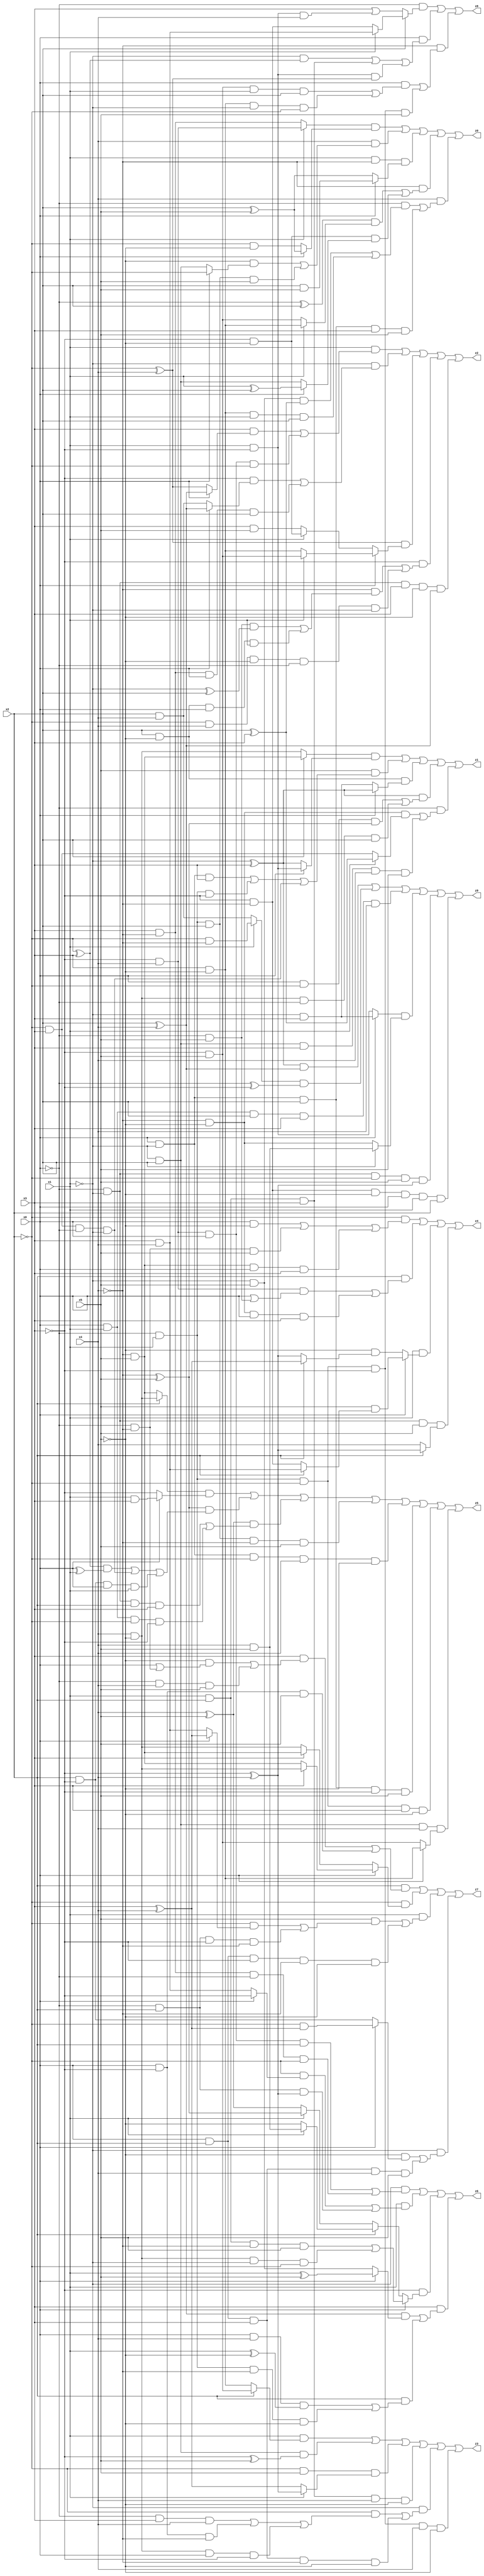
// Benchmark "X_5" written by ABC on Mon Jun 05 16:38:47 2023

module X_5 ( 
    x0, x1, x2, x3, x4, x5,
    z0, z1, z2, z3, z4, z5, z6, z7, z8, z9  );
  input  x0, x1, x2, x3, x4, x5;
  output z0, z1, z2, z3, z4, z5, z6, z7, z8, z9;
  assign z0 = ((x1 ? (~x3 & x4) : (x3 & ~x4)) & (x0 ? (x2 ^ x5) : (~x2 & ~x5))) | (x4 & ((~x5 & (x0 ? ~x2 : (~x1 & x2))) | (~x0 & x1 & x2 & x5))) | (x1 & ~x4 & (x0 ? (x2 & x5) : (x2 ^ x5))) | (~x4 & (((~x0 ^ x2) & (x1 ? (x3 & ~x5) : (~x3 & x5))) | (~x3 & ~x5 & (x0 ? (x1 ^ x2) : (~x1 & x2))))) | (x4 & ((~x0 & ((~x1 & x5 & (x2 ^ x3)) | (x3 & ~x5 & x1 & x2))) | (x0 & ~x1 & x2 & x3 & x5)));
  assign z1 = ((x2 ? (~x4 & x5) : (x4 & ~x5)) & (x0 ? (x1 & ~x3) : (~x1 ^ x3))) | (x5 & ((x0 & ~x1 & x3) | (~x0 & x1 & ~x3) | (~x2 & x3 & ~x0 & ~x1))) | (x2 & ~x5 & (x0 ? (~x1 ^ x3) : (~x1 & x3))) | ((~x1 ^ x3) & ((x0 & ~x2 & (~x4 ^ x5)) | (x4 & ~x5 & ~x0 & x2))) | (~x0 & ((~x4 & ~x5 & (x1 ? (x2 ^ x3) : (~x2 & x3))) | (~x1 & x2 & x3 & x4 & x5)));
  assign z2 = (x1 & ((x3 & (x0 ? (x2 ^ x4) : (~x2 ^ x4))) | (~x3 & x4 & x0 & ~x2))) | (~x1 & ((~x3 & (x0 ? (x2 ^ x4) : (x2 & x4))) | (x3 & ~x4 & x0 & x2))) | ((~x2 ^ x4) & (x0 ? (x1 ? (~x3 & x5) : (x3 & ~x5)) : (x1 ? (~x3 & ~x5) : (x3 & x5)))) | (~x3 & ((~x4 & ((~x0 & x5 & (~x1 ^ x2)) | (x2 & ~x5 & x0 & x1))) | (~x2 & x4 & ~x5 & ~x0 & ~x1))) | (~x0 & ~x1 & x3 & ~x5 & (x2 ^ x4));
  assign z3 = (x1 & (x2 ? (~x3 & x5) : (x3 & ~x5))) | (~x1 & x2 & (~x3 ^ x5)) | (~x2 & x5 & (x1 ? (~x3 ^ x4) : (x3 ^ x4))) | (x1 & x2 & x3 & x4 & ~x5) | (~x1 & ((~x2 & ((~x0 & x3 & x4) | (x0 & ~x3 & ~x4) | (x4 & ~x5 & x0 & ~x3))) | (x0 & x2 & x3 & ~x4 & ~x5))) | (~x0 & x1 & ~x2 & ~x3 & x4 & ~x5);
  assign z4 = (~x2 & ((x0 & ~x5) | (~x0 & ~x4 & x5) | (~x4 & x5 & x0 & x3))) | (x2 & ((~x3 & x4 & (x0 | (~x0 & x5))) | (~x4 & ~x5 & x0 & x3))) | (x1 & (x0 ? (x5 & (x2 ? (x3 & x4) : (~x3 & ~x4))) : (~x5 & (x2 ? (x3 ^ x4) : (~x3 ^ x4))))) | (~x0 & ~x1 & x5 & (x2 ? (~x3 ^ x4) : x4));
  assign z5 = ((x2 ? (x4 & ~x5) : (~x4 & x5)) & (x0 ? (x1 & x3) : ~x3)) | ((~x4 ^ x5) & (((~x2 ^ x3) & (x0 ^ x1)) | (~x2 & x3 & ~x0 & ~x1) | (x2 & ~x3 & x0 & x1))) | ((x4 ^ x5) & ((~x0 & ~x1 & x2 & x3) | (x0 & x1 & ~x2 & ~x3))) | (~x0 & x1 & x2 & ~x4 & x5) | (x0 & ~x1 & ~x2 & x4 & ~x5) | (x0 & ~x1 & x2 & ~x3 & x5) | (~x0 & x1 & ~x2 & x3 & ~x5) | (~x1 & x2 & x4 & (x0 ? (x3 & ~x5) : (~x3 & x5)));
  assign z6 = (~x1 & ((~x3 & x4 & x0 & x2) | (x3 & ~x4 & ~x0 & ~x2))) | (x1 & ((~x2 & (x0 ? ~x3 : (x3 & x4))) | (~x0 & x2 & (~x3 ^ x4)))) | (~x3 & (x0 ? ((x1 & x2 & ~x4 & x5) | (x4 & ~x5 & ~x1 & ~x2)) : (x2 ? (x1 ? (x4 & x5) : ~x5) : (x1 ? (~x4 ^ x5) : (x4 ^ x5))))) | (x3 & (((x2 ^ x4) & (x0 ? (x1 ^ x5) : (~x1 & x5))) | (x2 & ((x0 & x4 & (x1 ^ ~x5)) | (~x0 & x1 & ~x4 & ~x5)))));
  assign z7 = (x2 & ((x3 & ((~x5 & (x0 | (~x0 & ~x4))) | (~x0 & x4 & x5))) | (x0 & ~x3 & x5))) | (~x2 & (x0 ? (x3 ? (x4 & ~x5) : (~x4 & x5)) : (x3 ? (~x4 & x5) : (x4 & ~x5)))) | (x1 & ((x5 & ((~x2 & (x0 ? (x3 ^ x4) : (x3 & x4))) | (~x0 & x2 & ~x3 & ~x4))) | (x0 & x2 & ~x3 & ~x4 & ~x5))) | (~x1 & ((~x5 & (x0 ? (~x2 & (x3 ^ x4)) : (x2 & ~x3))) | (x0 & x2 & x3 & x4 & x5)));
  assign z8 = (~x0 & (x2 ? (x1 ? (x3 & x4) : (~x3 & ~x4)) : (x3 | (x1 & ~x3 & x4)))) | (x0 & ((~x1 & (~x2 ^ x3)) | (x1 & x2 & x3) | (x1 & ~x3 & (~x2 ^ x4)))) | (~x4 & ((x0 & ((~x3 & x5 & x1 & x2) | (x3 & ~x5 & ~x1 & ~x2))) | (~x0 & x1 & ~x2 & ~x3 & x5)));
  assign z9 = ((~x1 ^ x3) & (x2 ^ x4)) | ((x1 ? (~x2 & ~x4) : (x2 & x4)) & (~x0 ^ ~x3)) | (x0 & x1 & x2 & x3 & x4) | ((x0 ? (~x1 & x3) : (x1 & ~x3)) & (x2 ? (x4 & x5) : (~x4 & ~x5))) | (~x0 & ~x1 & ~x2 & x5 & (~x3 ^ x4)) | (~x3 & ~x4 & ~x5 & x0 & x1 & x2);
endmodule